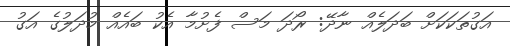
އަގުތަކަކަށް ބަދަލެއް ނާދޭ: ރޯދަ މަސް ފެށުމާ އެކު ބައެއް މުދަލުގެ އަގު